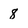
Character: 8